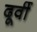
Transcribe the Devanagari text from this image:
दूर्वी